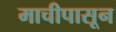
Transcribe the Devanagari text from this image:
माचीपासून